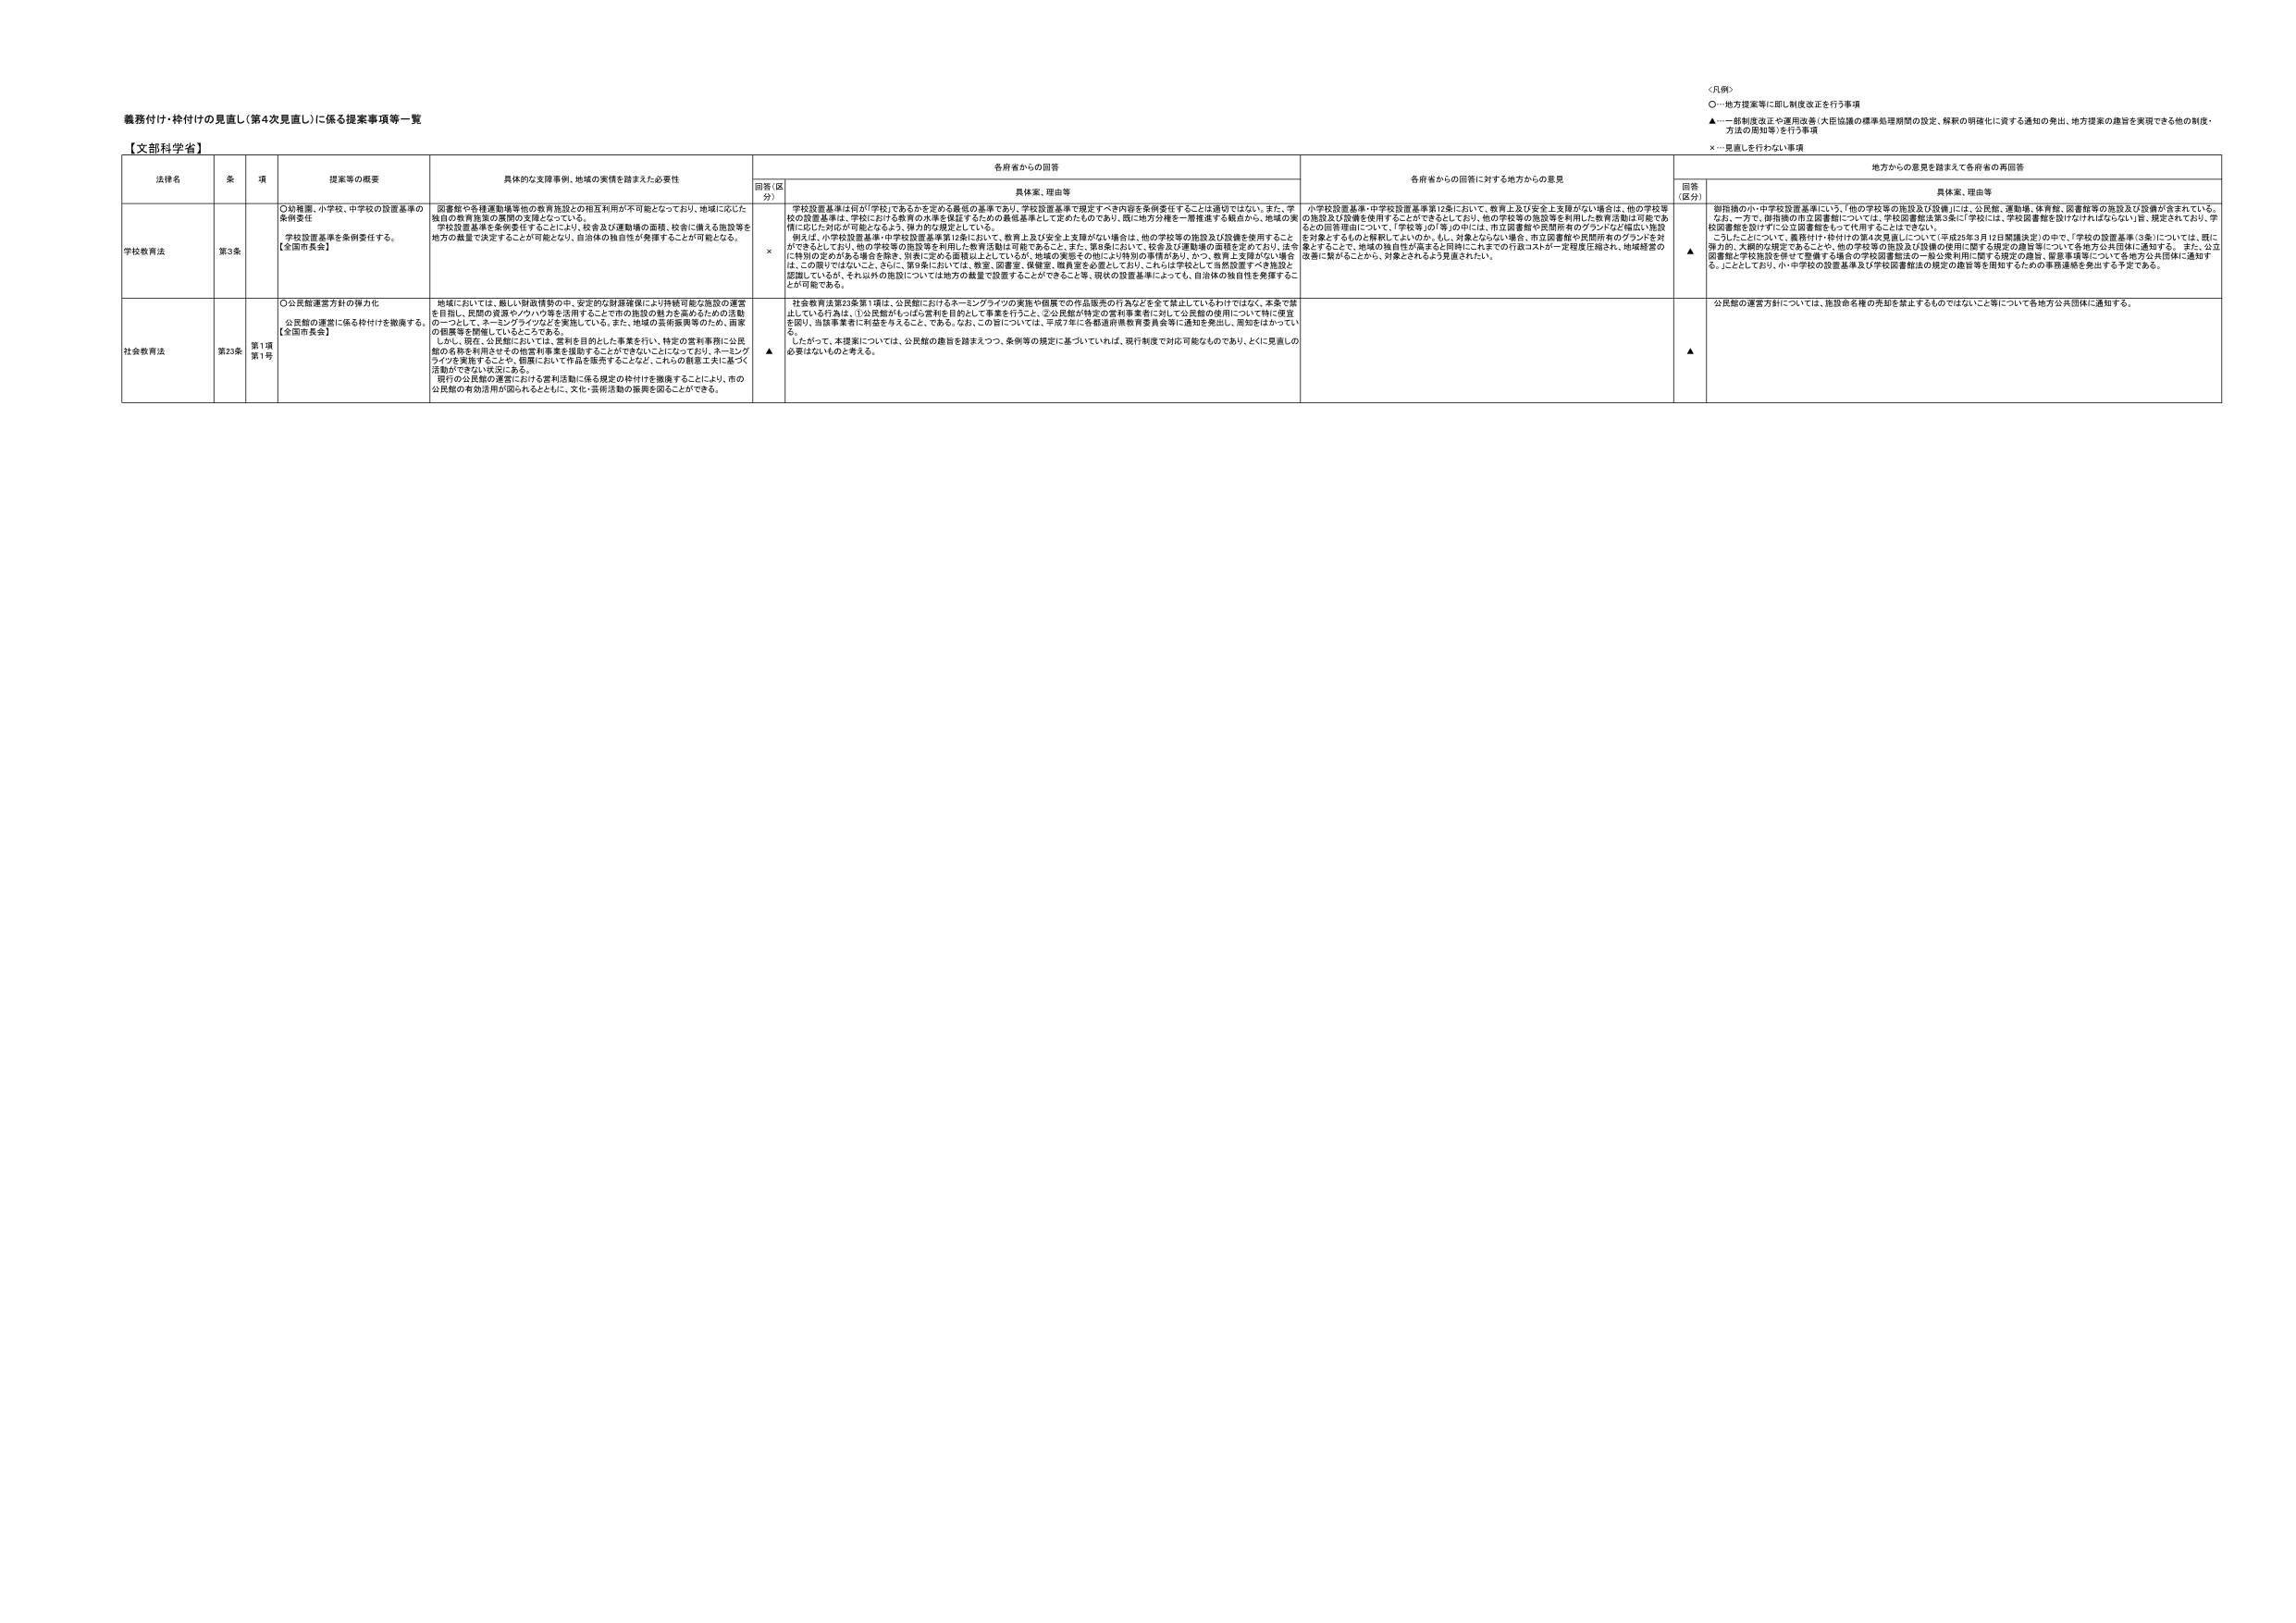
義務付け・枠付けの見直し（第4次見直し）に係る提案事項等一覧

【文部科学省】

〈凡例〉
○…地方提案等に即し制度改正を行う事項
▲…一部制度改正や運用改善（大臣協議の標準処理期間の設定、解釈の明確化に資する通知の発出、地方提案の趣旨を実現できる他の制度・方法の周知等）を行う事項
×…見直しを行わない事項

法律名　　条　　項　　提案等の概要　　具体的な支援事例、地域の実情を踏まえた必要性　　各府省からの回答　　各府省からの回答に対する地方からの意見　　地方からの意見を踏まえて各府省の再回答
　　　　　　　　　　　　　　　　　　　　回答（区分）　　具体案、理由等